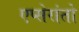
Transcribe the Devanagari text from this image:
एप्सेरांतो